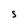
Character: S